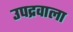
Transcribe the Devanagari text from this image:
उपद्रवाला